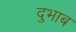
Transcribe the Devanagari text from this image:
दुभाब